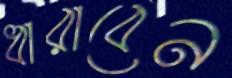
ধারাবেন